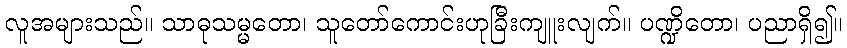
လူအများသည်။ သာဓုသမ္မတော၊ သူတော်ကောင်းဟုခြီးကျူးလျက်။ ပဏ္ဍိတော၊ ပညာရှိ၍။